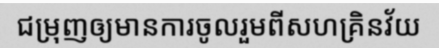
ជម្រុញឲ្យមានការចូលរួមពីសហគ្រិនវ័យ